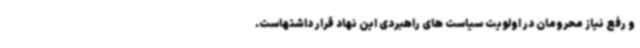
و رفع نیاز محرومان در اولویت سیاست های راهبردی این نهاد قرار داشتهاست.